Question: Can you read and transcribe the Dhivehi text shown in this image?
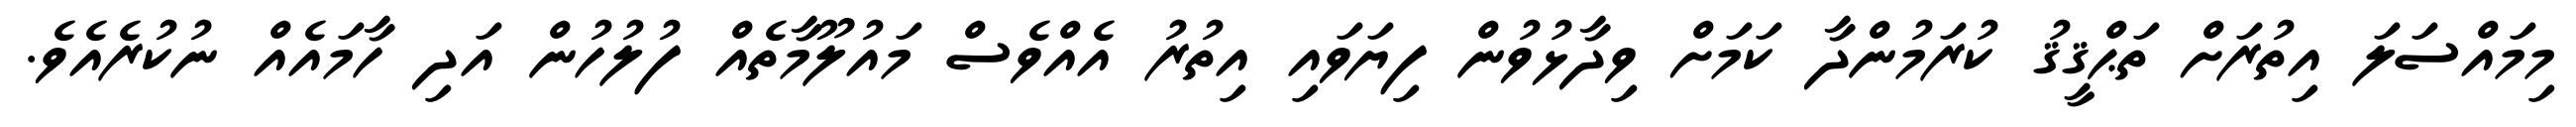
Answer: މިމައްސަލަ އިތުރަށް ތަޙްޤީޤު ކުރަމުންދާ ކަމަށް ވިދާޅުވުން ފިޔަވައި އިތުރު އެއްވެސް މައުލޫމާތެއް ފުލުހުން އަދި ހާމައެއް ނުކުރެއެވެ.